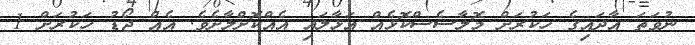
ނުވަތަ އާދައިގެ ހަކުރަށް މޮލާސެސްކޮޅެއް އަޅާލައި އެއްކޮށްލާށެވެ. އެއް ޖޯޑު ހަކުރަށް 1